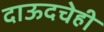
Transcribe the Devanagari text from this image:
दाऊदचेही